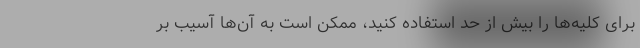
برای کلیه‌ها را بیش از حد استفاده کنید، ممکن است به آن‌ها آسیب بر